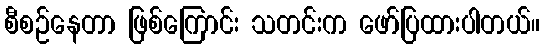
စီစဉ်နေတာ ဖြစ်ကြောင်း သတင်းက ဖော်ပြထားပါတယ်။